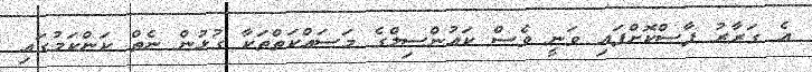
އެ ގަރާރު ފާސްކޮށްފައި ވަނީ ވެސް ކައުންސިލްގެ މަސައްކަތްތަކާ ގުޅުން ނެތް ކަންކަމުގައި